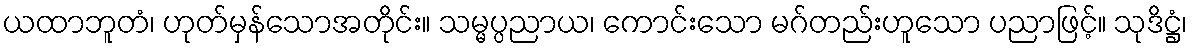
ယထာဘူတံ၊ ဟုတ်မှန်သောအတိုင်း။ သမ္မပ္ပညာယ၊ ကောင်းသော မဂ်တည်းဟူသော ပညာဖြင့်။ သုဒိဋ္ဌံ၊